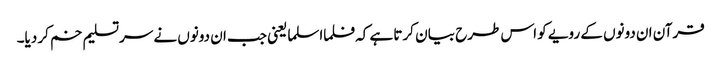
قرآن ان دونوں کے رویے کو اس طرح بیا ن کرتا ہے کہ فلما اسلما یعنی جب ان دونوں نے سرتسلیم خم کر دیا۔